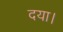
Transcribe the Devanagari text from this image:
दया।